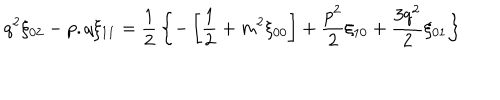
q ^ { 2 } \xi _ { 0 2 } - p . q \xi _ { 1 1 } = { \frac { 1 } { 2 } } \left\{ - \left[ { \frac { 1 } { 2 } } + m ^ { 2 } \xi _ { 0 0 } \right] + { \frac { p ^ { 2 } } { 2 } } \xi _ { 1 0 } + { \frac { 3 q ^ { 2 } } { 2 } } \xi _ { 0 1 } \right\}